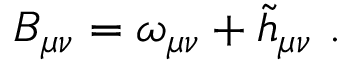
B _ { \mu \nu } = \omega _ { \mu \nu } + \tilde { h } _ { \mu \nu } \ .